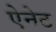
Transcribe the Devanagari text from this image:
ऐनेट